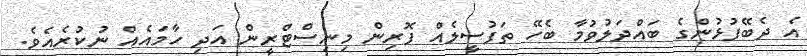
އެ ދެބޭފުޅުންގެ ބައްދަލުވުމާ ބެހޭ ތަފުސީލެއް ފޮރިން މިނިސްޓްރީން އަދި ހާމައެއް ނުކުރެއެވެ.